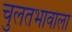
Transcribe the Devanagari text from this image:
चुलतभावाला